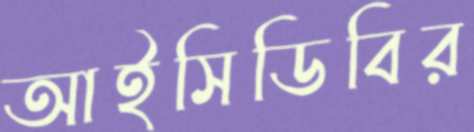
আইসিডিবির